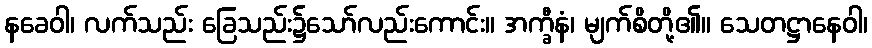
နခေဝါ၊ လက်သည်း ခြေသည်း၌သော်လည်းကောင်း။ အက္ခီနံ၊ မျက်စိတို့၏။ သေတဋ္ဌာနေဝါ၊